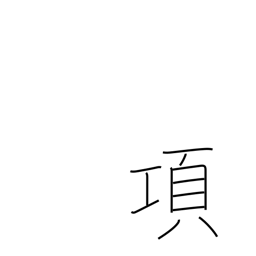
Meaning: paragraph